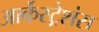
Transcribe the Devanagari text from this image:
आर्केस्ट्रेशंस